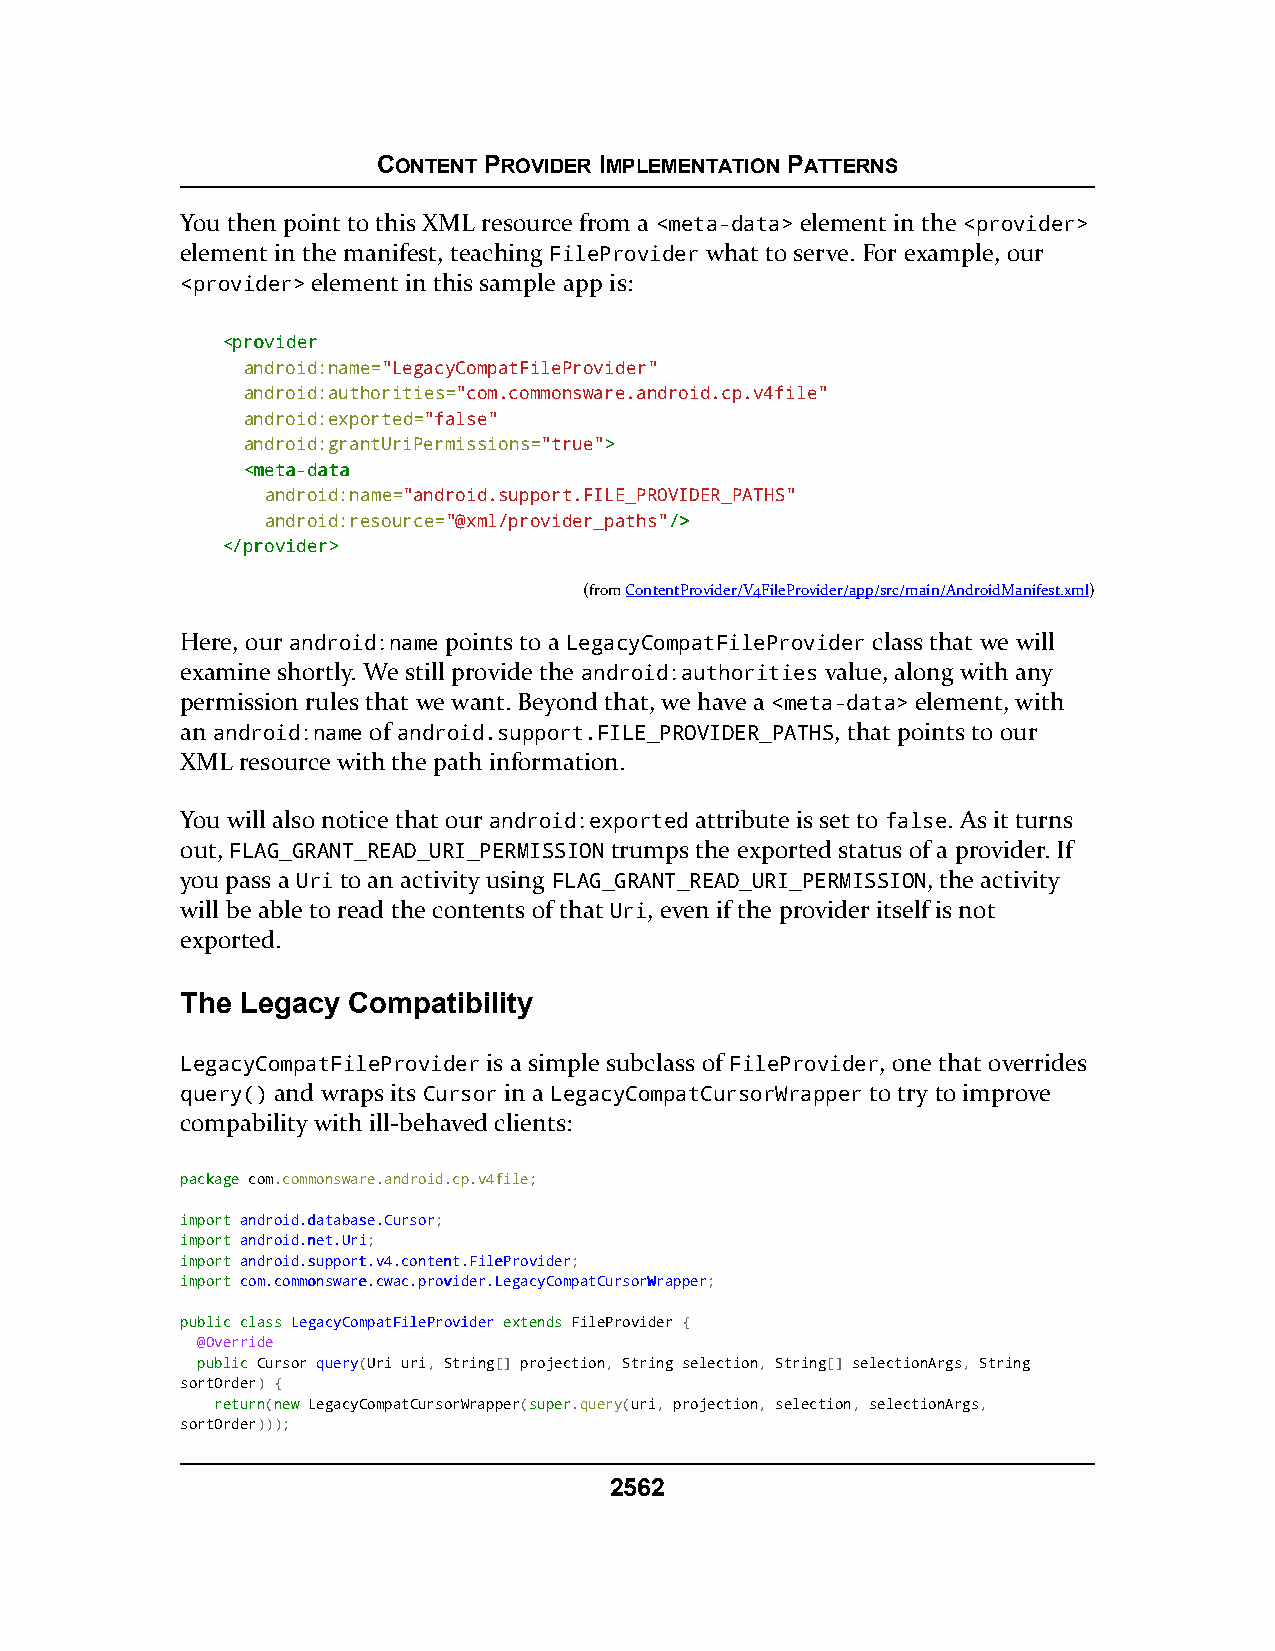
CONTENT PROVIDER IMPLEMENTATION PATTERNS
 You then point to this XML resource from a <meta-data> element in the <provider>
 element in the manifest, teaching FileProvider what to serve. For example, our
 <provider> element in this sample app is:
 <<pprroovviiddeerr
 android:name="LegacyCompatFileProvider"
 android:authorities="com.commonsware.android.cp.v4file"
 android:exported="false"
 android:grantUriPermissions="true">>
 <<mmeettaa--ddaattaa
 android:name="android.support.FILE_PROVIDER_PATHS"
 android:resource="@xml/provider_paths"//>>
 <<//pprroovviiddeerr>>
 (fromContentProvider/V4FileProvider/app/src/main/AndroidManifest.xml)
 Here, our android:name points to a LegacyCompatFileProvider class that we will
 examine shortly. We still provide the android:authorities value, along with any
 permission rules that we want. Beyond that, we have a <meta-data> element, with
 an android:name of android.support.FILE_PROVIDER_PATHS, that points to our
 XML resource with the path information.
 You will also notice that our android:exported attribute is set to false. As it turns
 out, FLAG_GRANT_READ_URI_PERMISSION trumps the exported status of a provider. If
 you pass a Uri to an activity using FLAG_GRANT_READ_URI_PERMISSION, the activity
 will be able to read the contents of that Uri, even if the provider itself is not
 exported.
 The Legacy Compatibility
 LegacyCompatFileProvider is a simple subclass of FileProvider, one that overrides
 query() and wraps its Cursor in a LegacyCompatCursorWrapper to try to improve
 compability with ill-behaved clients:
 ppaacckkaaggee com.commonsware.android.cp.v4file;
 iimmppoorrtt aannddrrooiidd..ddaattaabbaassee..CCuurrssoorr;
 iimmppoorrtt aannddrrooiidd..nneett..UUrrii;
 iimmppoorrtt aannddrrooiidd..ssuuppppoorrtt..vv44..ccoonntteenntt..FFiilleePPrroovviiddeerr;
 iimmppoorrtt ccoomm..ccoommmmoonnsswwaarree..ccwwaacc..pprroovviiddeerr..LLeeggaaccyyCCoommppaattCCuurrssoorrWWrraappppeerr;
 ppuubblliicc ccllaassss LLeeggaaccyyCCoommppaattFFiilleePPrroovviiddeerr eexxtteennddss FileProvider {
 @Override
 ppuubblliicc Cursor query(Uri uri, String[] projection, String selection, String[] selectionArgs, String
 sortOrder) {
 rreettuurrnn(nneeww LegacyCompatCursorWrapper(ssuuppeerr.query(uri, projection, selection, selectionArgs,
 sortOrder)));
 2562